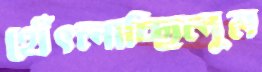
থেঁৎলাচ্ছিলুম